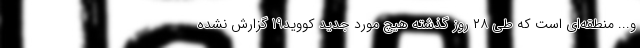
و... منطقه‌ای است که طی ۲۸ روز گذشته هیچ مورد جدید کووید19 گزارش نشده